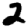
Digit: 2